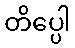
တိပ္ပေါ